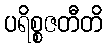
ပရိစ္စဇတီတိ